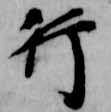
行